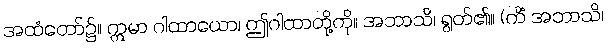
အထံတော်၌။ ဣမာ ဂါထာယော၊ ဤဂါထာတို့ကို။ အဘာသိ၊ ရွတ်၏။ (ကိံ အဘာသိ၊